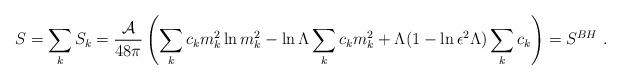
LaTeX: \begin{align*}S=\sum_k S_k={{\cal A} \over 48\pi}\left(\sum_k c_km_k^2\ln m_k^2-\ln \Lambda \sum_k c_k m_k^2+ \Lambda(1-\ln\epsilon ^2 \Lambda )\sum_k c_k\right)=S^{BH}~.\end{align*}